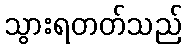
သွားရတတ်သည်